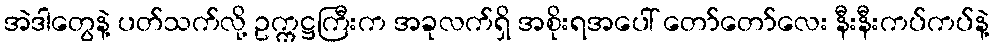
အဲဒါတွေနဲ့ ပတ်သက်လို့ ဥက္ကဋ္ဌကြီးက အခုလက်ရှိ အစိုးရအပေါ် တော်တော်လေး နီးနီးကပ်ကပ်နဲ့